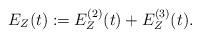
LaTeX: \begin{align*}E_Z(t) := E_Z^{(2)}(t) + E_Z^{(3)}(t) .\end{align*}